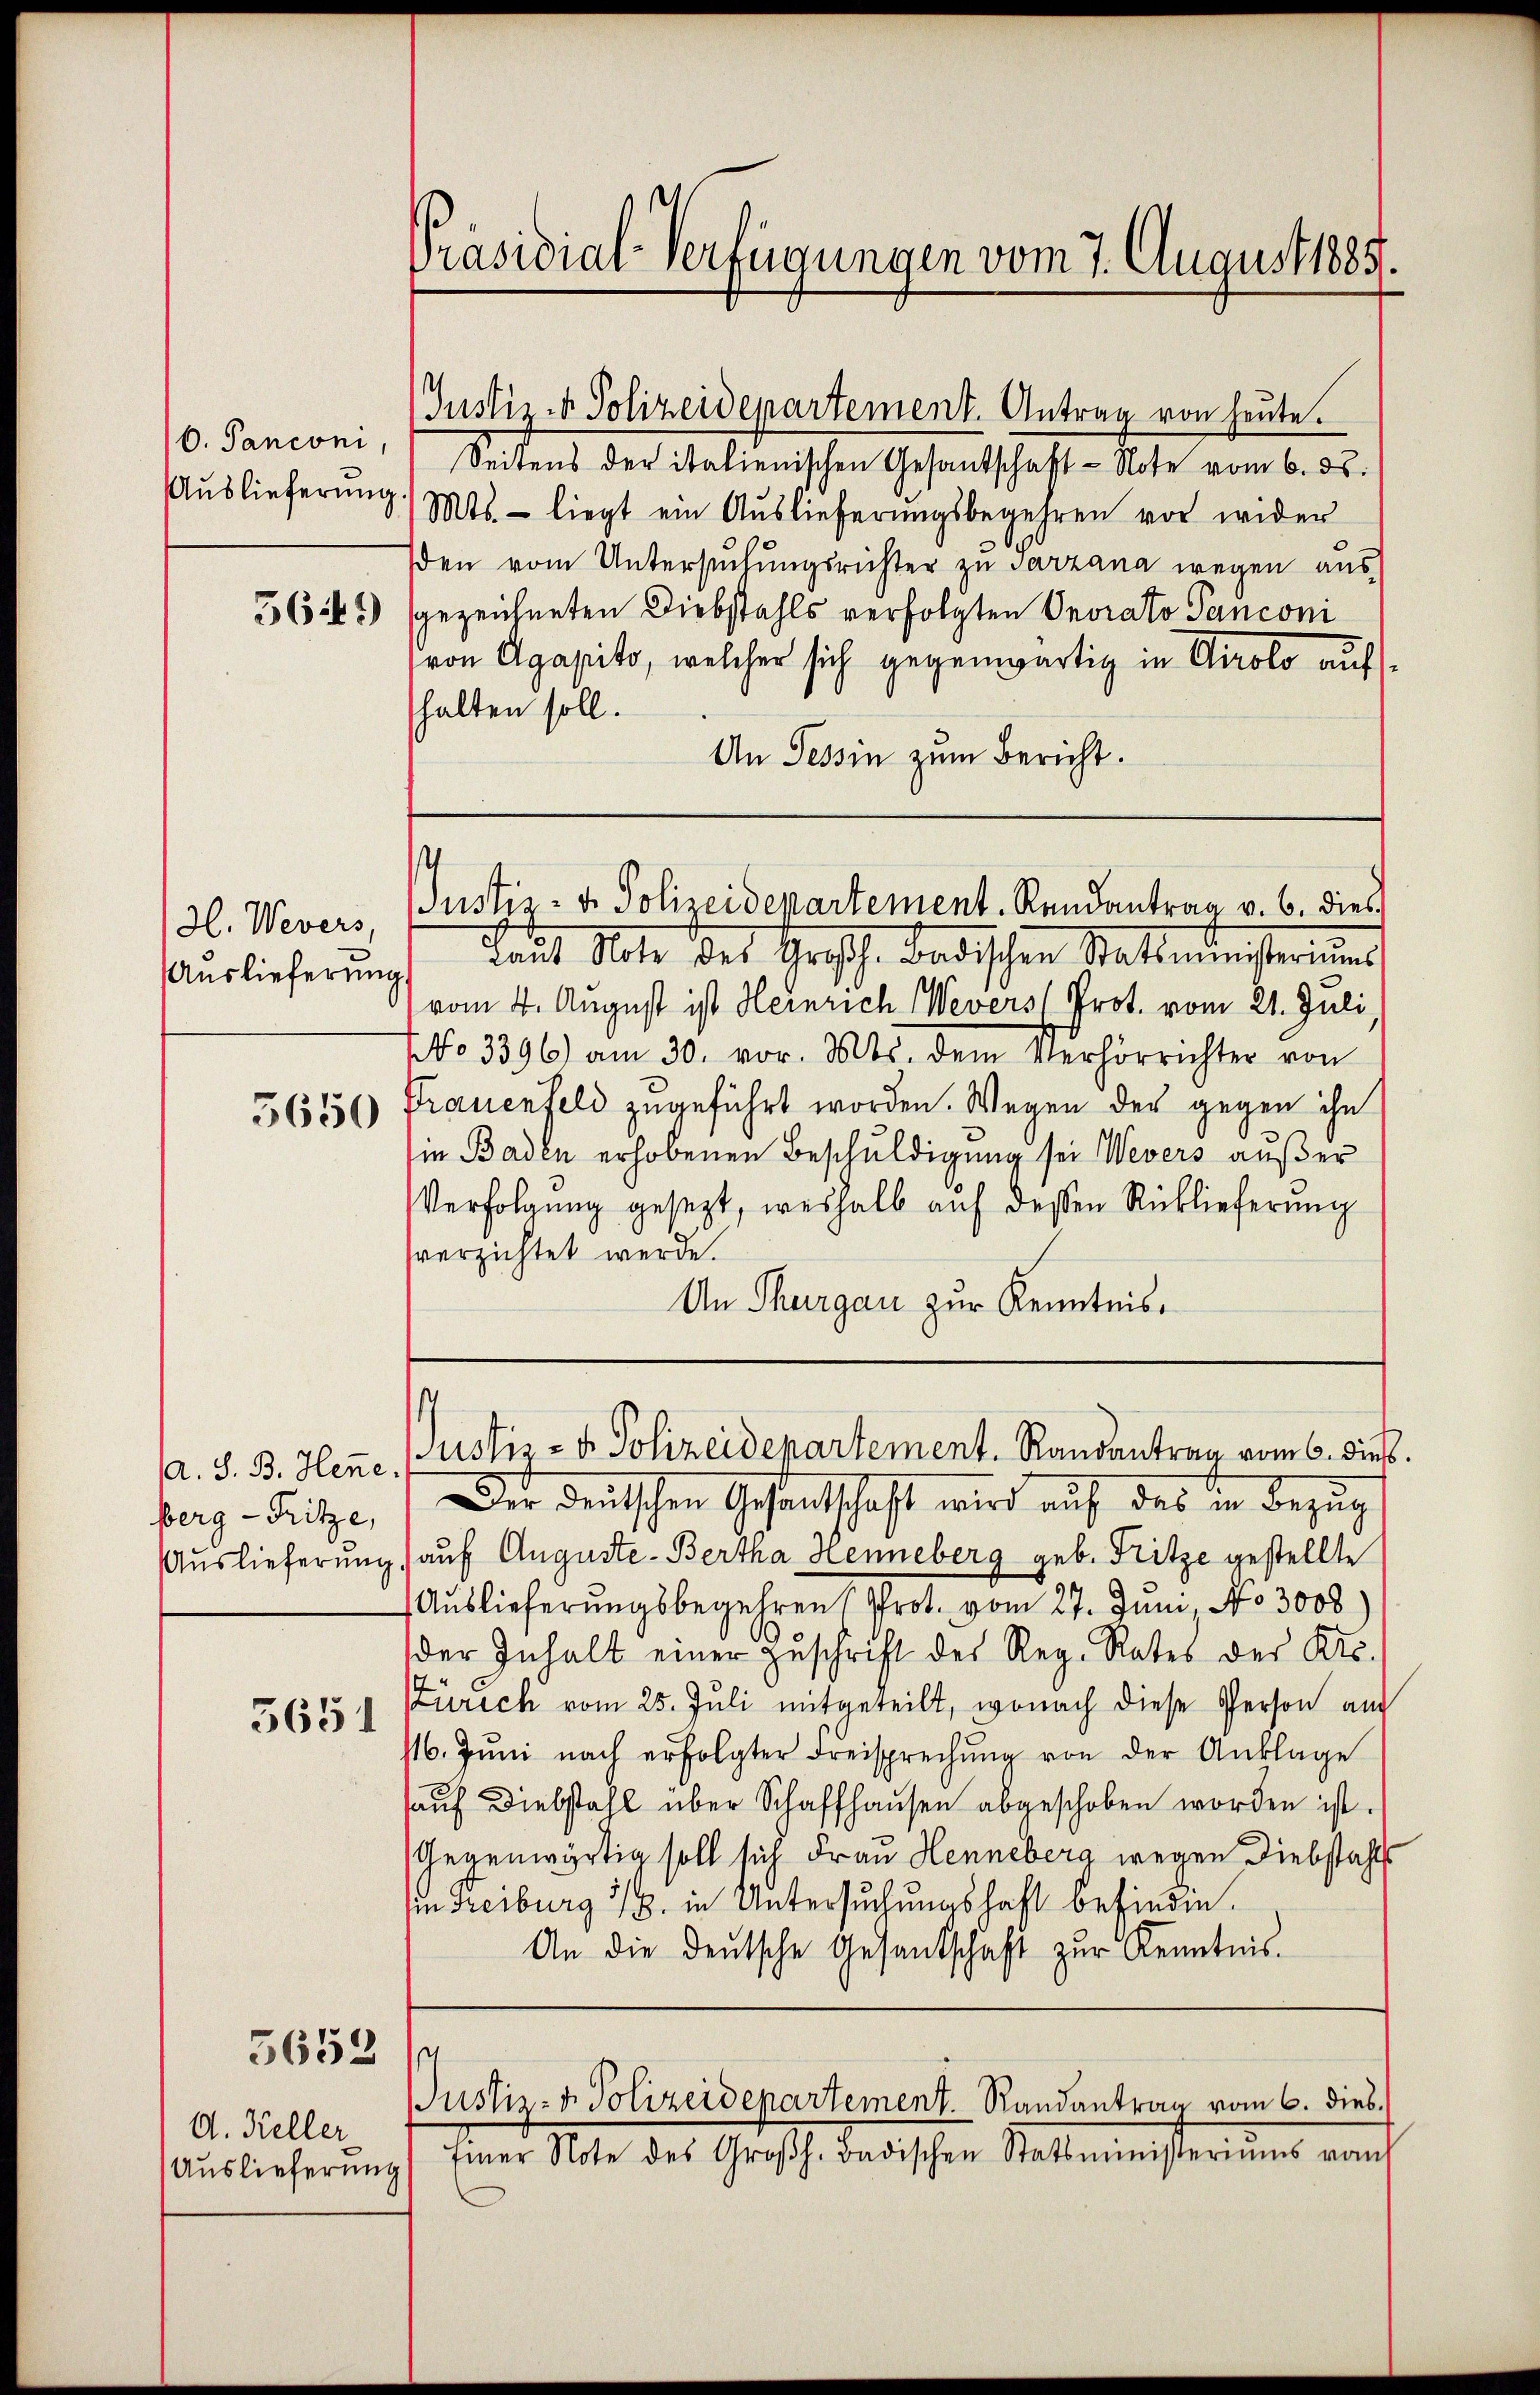
6. Panconi,
Auslieferung
5641)

H. Wevers,
Auslieferung

5650

A. S. B. Hene.
berg - Fritze,
Auslieferung.
5651

5652

A. Keller
Auslieferung

Präsidial-Verfügungen vom 7. August 1885.

Justiz- & Polizeidepartement. Antrag von heute.
Seitens der italienischen Gesandschaft - Note vom 6. ds.
Mts. - liegt ein Auslieferŭngsbegehren vor wider
den vom Untersuchungsrichter zu Sarzana wegen ausgezeichneten Diebstahls verfolgten Onorato Pancom
von Agapito, welcher sich gegenwärtig in Airolo auf
halten soll.
An Tessin zum Bericht.

Justiz- u. Polizeidepartement. Rendantrag v. 6. dies

¬
Justiz- & Polizeidepartement. Randantrag vom 6. dies

laŭt Note des Großh. Badischen Statsministeriums
vom 4. August ist Heinrich Wevers (Prot. vom 21. Juli
No 3396) am 30. vor. Mts. dem Verhörrichter von
Trauenfeld zugeführt worden. Wegen der gegen ihn
in Baden erhobenen Beschuldigung sei Wevers außer
Verfolgung gesezt, weshalb auf dessen Rüklieferung
verzichtet werde.
An Thurgau zur Kenntnis.
Der deutschen Gesandtschaft wird auf das in Bezug
auf Auguste-Bertha Henneberg geb. Fritze gestellte
Auslieferungsbegehren (Prot. vom 27. Juni No 3008
der Inhalt einer Zuschrift des Reg. Rates der Kts.
Zürich vom 25. Juli mitgeteilt, wonach diese Person auf
16. Jŭni nach erfolgter Freisprechŭng von der Anklage
aŭf diebstahl über Schaffhausen abgeschoben worden ist.
Gegenwärtig soll sich Frau Henneberg wegen Diebstahls
in Freiburg u. in Untersuchungshaft befinden.
An die deŭtsche Gesantschaft zŭr Kenntnis.
s
Justiz- u. Polizeidepartement. Randantrag vom 6. dies
Einer Note des Großh. Badischen Statsministeriums vom